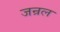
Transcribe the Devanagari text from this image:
जन्रल